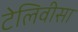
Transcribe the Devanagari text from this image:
टेलिवीसा